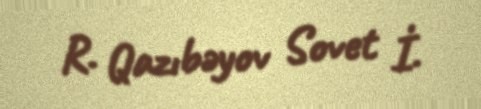
R. Qazıbəyov Sovet İ.